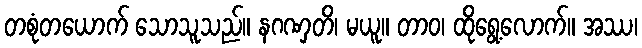
တစုံတယောက် သောသူသည်။ နဂဏှတိ၊ မယူ။ တာဝ၊ ထိုရွေ့လောက်။ အဿ၊